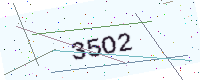
Text: 35O2